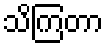
သိကြတာ